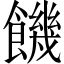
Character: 饑